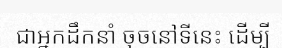
ជាអ្នកដឹកនាំ ចុចនៅទីនេះ ដើម្បី